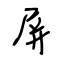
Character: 屏